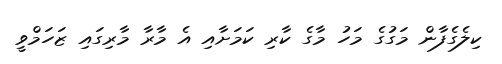
ކިލެގެފާން މަގުގެ މަހު މާގެ ކާރި ކަމަށާއި އެ މާރާ މާރިގައި ޒަހަމްވީ